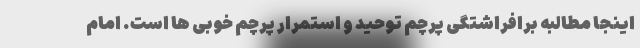
اینجا مطالبه برافراشتگی پرچم توحید و استمرار پرچم خوبی ها است. امام